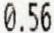
0.56